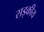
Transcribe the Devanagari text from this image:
सड़कीय